Eesti_Rahvusfond, lk 26
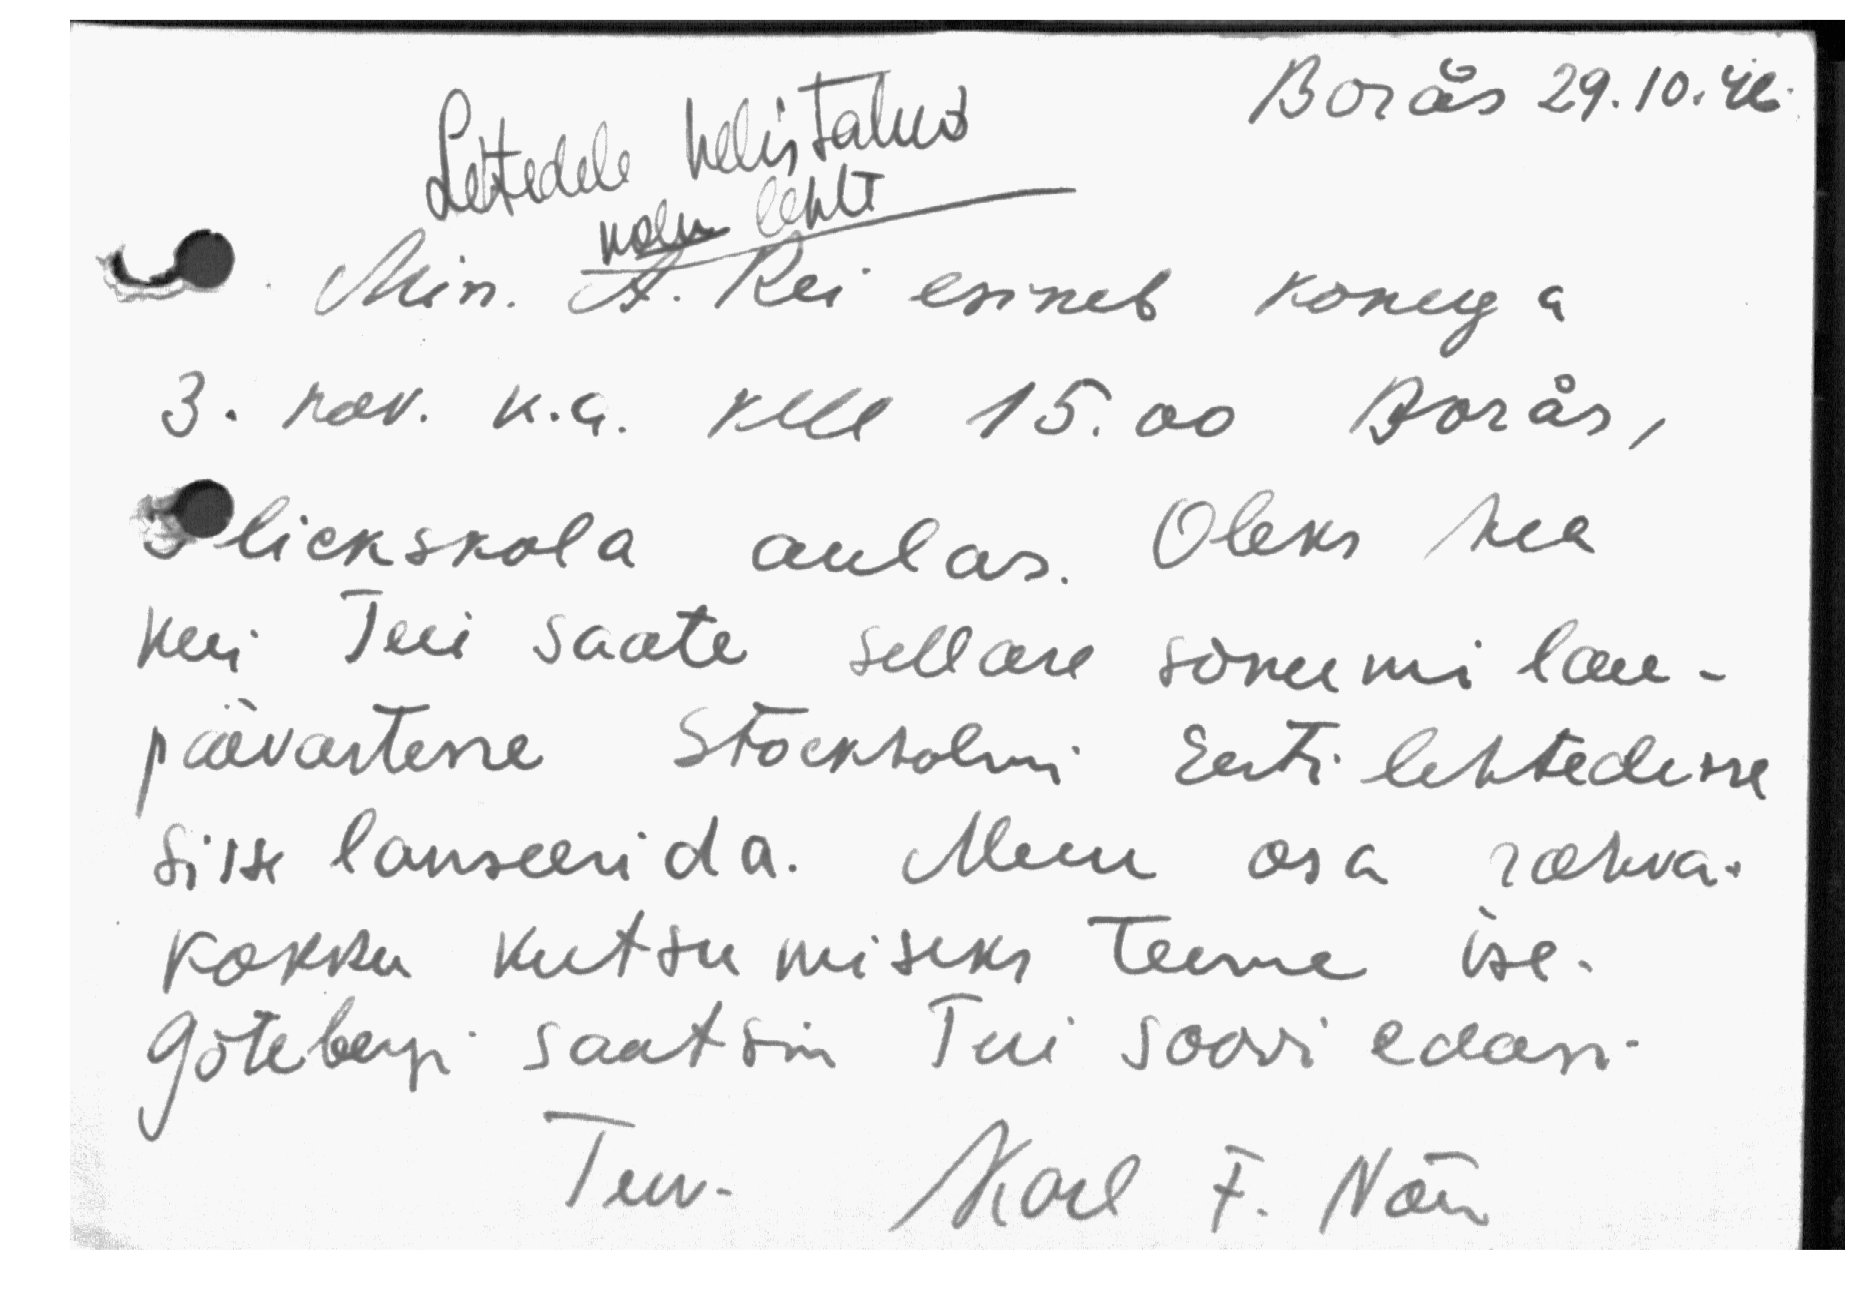
Lehtedele helistatud
Borås 29.10.46.
kolm lehte
Min. A. Rei esineb konega
3. nov. k.a. kell 15.00 Borås,
Flickskola aulas. Oleks hea
kui Teie saate sellase sõnumi lau-
päevastesse Stockholmi Eesti lehtedesse
sisse lanseerida. Muu osa rahva
kokku kutsumiseks teeme ise.
Göteborgi saatsin Teie soovi edasi
Terv. Karl F. Nõu